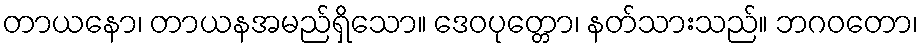
တာယနော၊ တာယနအမည်ရှိသော။ ဒေဝပုတ္တော၊ နတ်သားသည်။ ဘဂဝတော၊